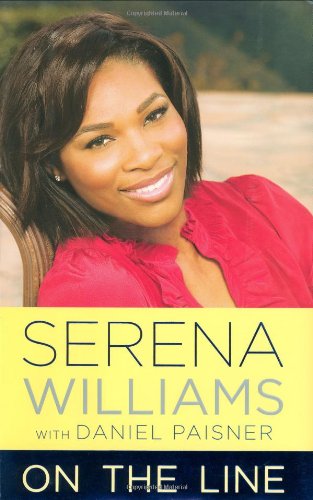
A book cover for On the Line; Serena Williams; Sports & Outdoors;